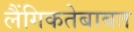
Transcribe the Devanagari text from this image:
लैंगिकतेबाबत